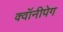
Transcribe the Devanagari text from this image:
क्वॉनीपेग